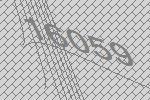
16059